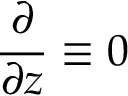
\frac { \partial } { \partial z } \equiv 0